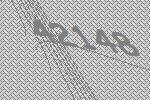
42148